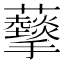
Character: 𧅩